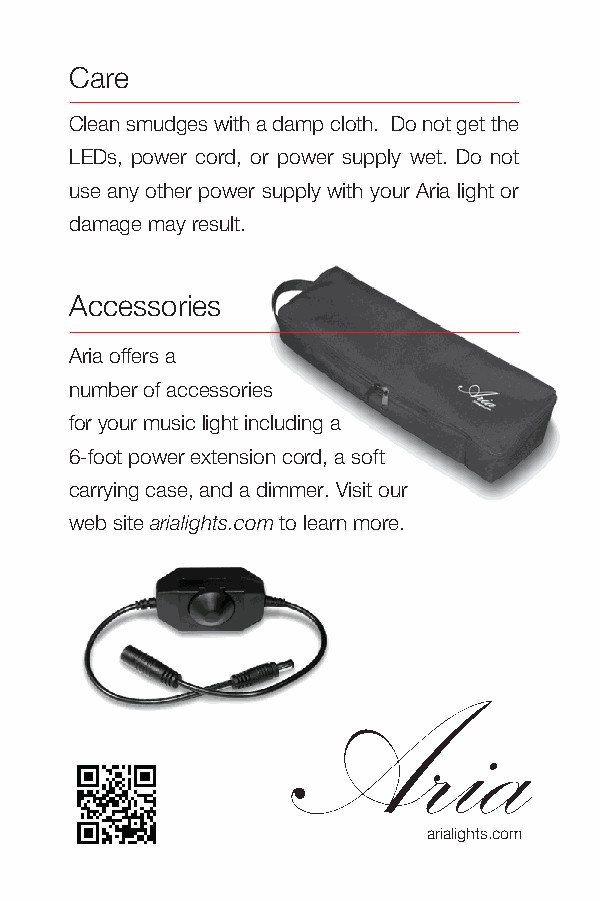
Care
 Clean smudges with a damp cloth. Do not get the
 LEDs, power cord, or power supply wet. Do not
 use any other power supply with your Aria light or
 damage may result.
 Accessories
 Aria offers a
 number of accessories
 for your music light including a
 6-foot power extension cord, a soft
 carrying case, and a dimmer. Visit our
 web site arialights.com to learn more.
 Aria
 arialights.com